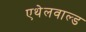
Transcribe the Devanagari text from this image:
एथेलवाल्ड